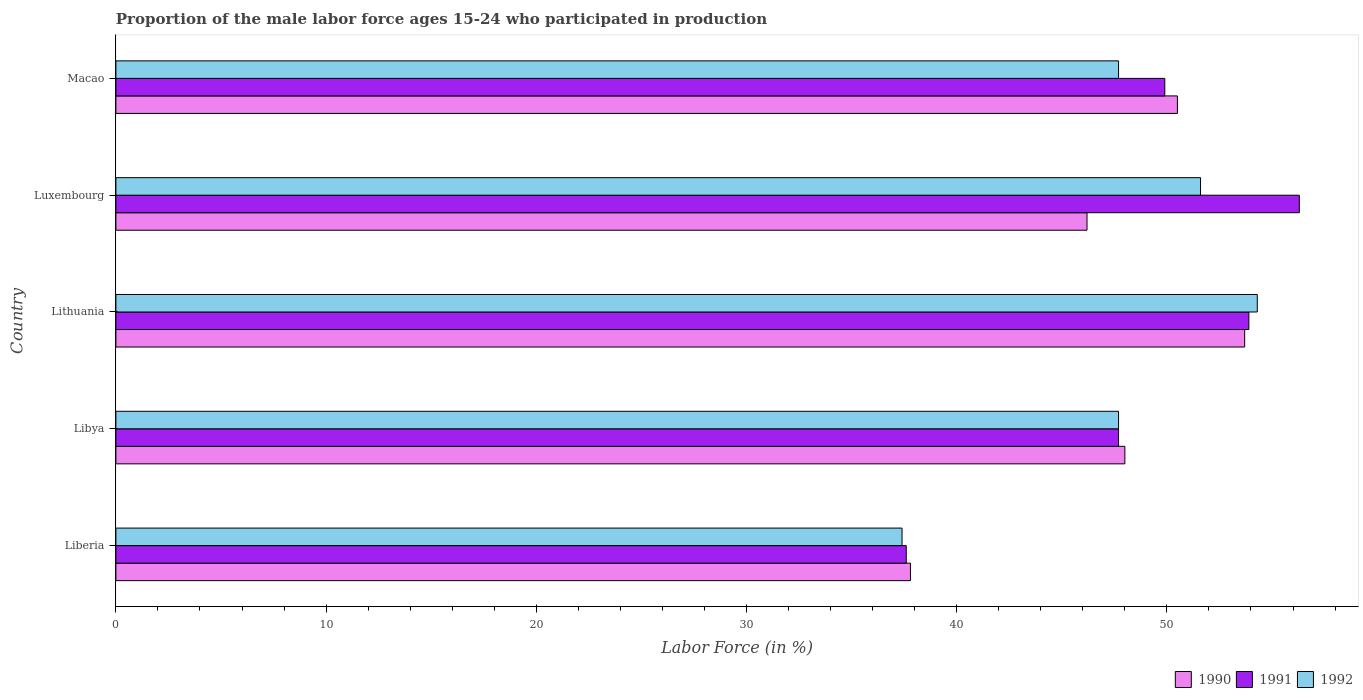
| Country | 1990 | 1991 | 1992 |
 | --- | --- | --- | --- |
 | Liberia | 37.8 | 37.6 | 37.4 |
 | Libya | 48 | 47.7 | 47.7 |
 | Lithuania | 53.7 | 53.9 | 54.3 |
 | Luxembourg | 46.2 | 56.3 | 51.6 |
 | Macao | 50.5 | 49.9 | 47.7 |